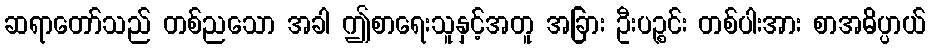
ဆရာတော်သည် တစ်ညသော အခါ ဤစာရေးသူနှင့်အတူ အခြား ဦးပဉ္စင်း တစ်ပါးအား စာအဓိပ္ပာယ်